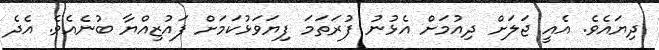
ދިޔައެވެ. އެއީ ޖަލަށް ދިއުމަށް އެޅުނު ފުރަަތަަމަ ފިޔަވަޅުކަމަށް ފައުޒިއްޔާ ބުނެއެވެ. އެދެ